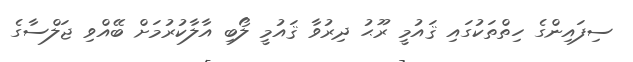
ސިފައިންގެ ހިތްތަކުގައި ޤައުމީ ރޫޙު ދިރުވާ ޤައުމީ ލޯބި އާލާކުރުމަށް ބޭއްވި ޖަލްސާގެ